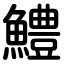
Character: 鱧